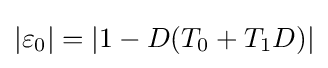
|\varepsilon _{0}|=|1-D(T_{0}+T_{1}D)|